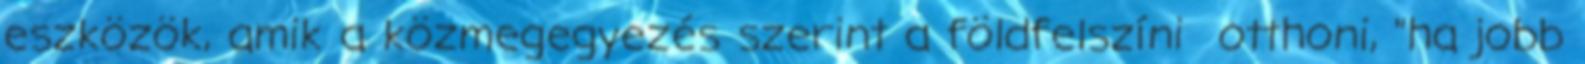
eszközök, amik a közmegegyezés szerint a földfelszíni otthoni, "ha jobb